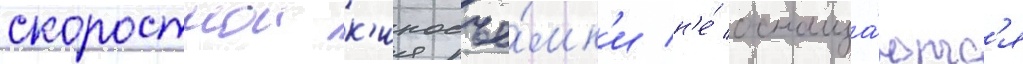
скоростнои к'иносъё́мк'и н'е́ оснаща́ютс'я